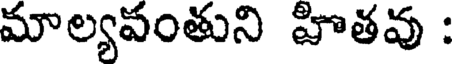
మాల్యవంతుని హితవు :